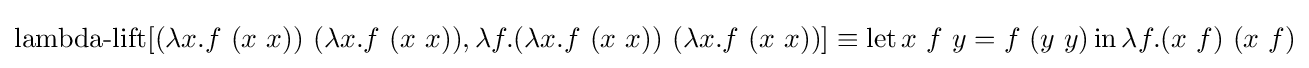
\operatorname {lambda-lift} [(\lambda x.f\ (x\ x))\ (\lambda x.f\ (x\ x)),\lambda f.(\lambda x.f\ (x\ x))\ (\lambda x.f\ (x\ x))]\equiv \operatorname {let} x\ f\ y=f\ (y\ y)\operatorname {in} \lambda f.(x\ f)\ (x\ f)